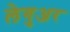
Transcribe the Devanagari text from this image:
लेगुअर